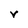
Character: v